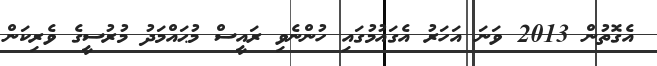
އެގޮތުން 2013 ވަނަ އަހަރު އެގައުމުގައި ހުންނެވި ރައީސް މުޙައްމަދު މުރުސީގެ ވެރިކަން